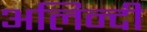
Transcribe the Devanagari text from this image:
अलिन्दी